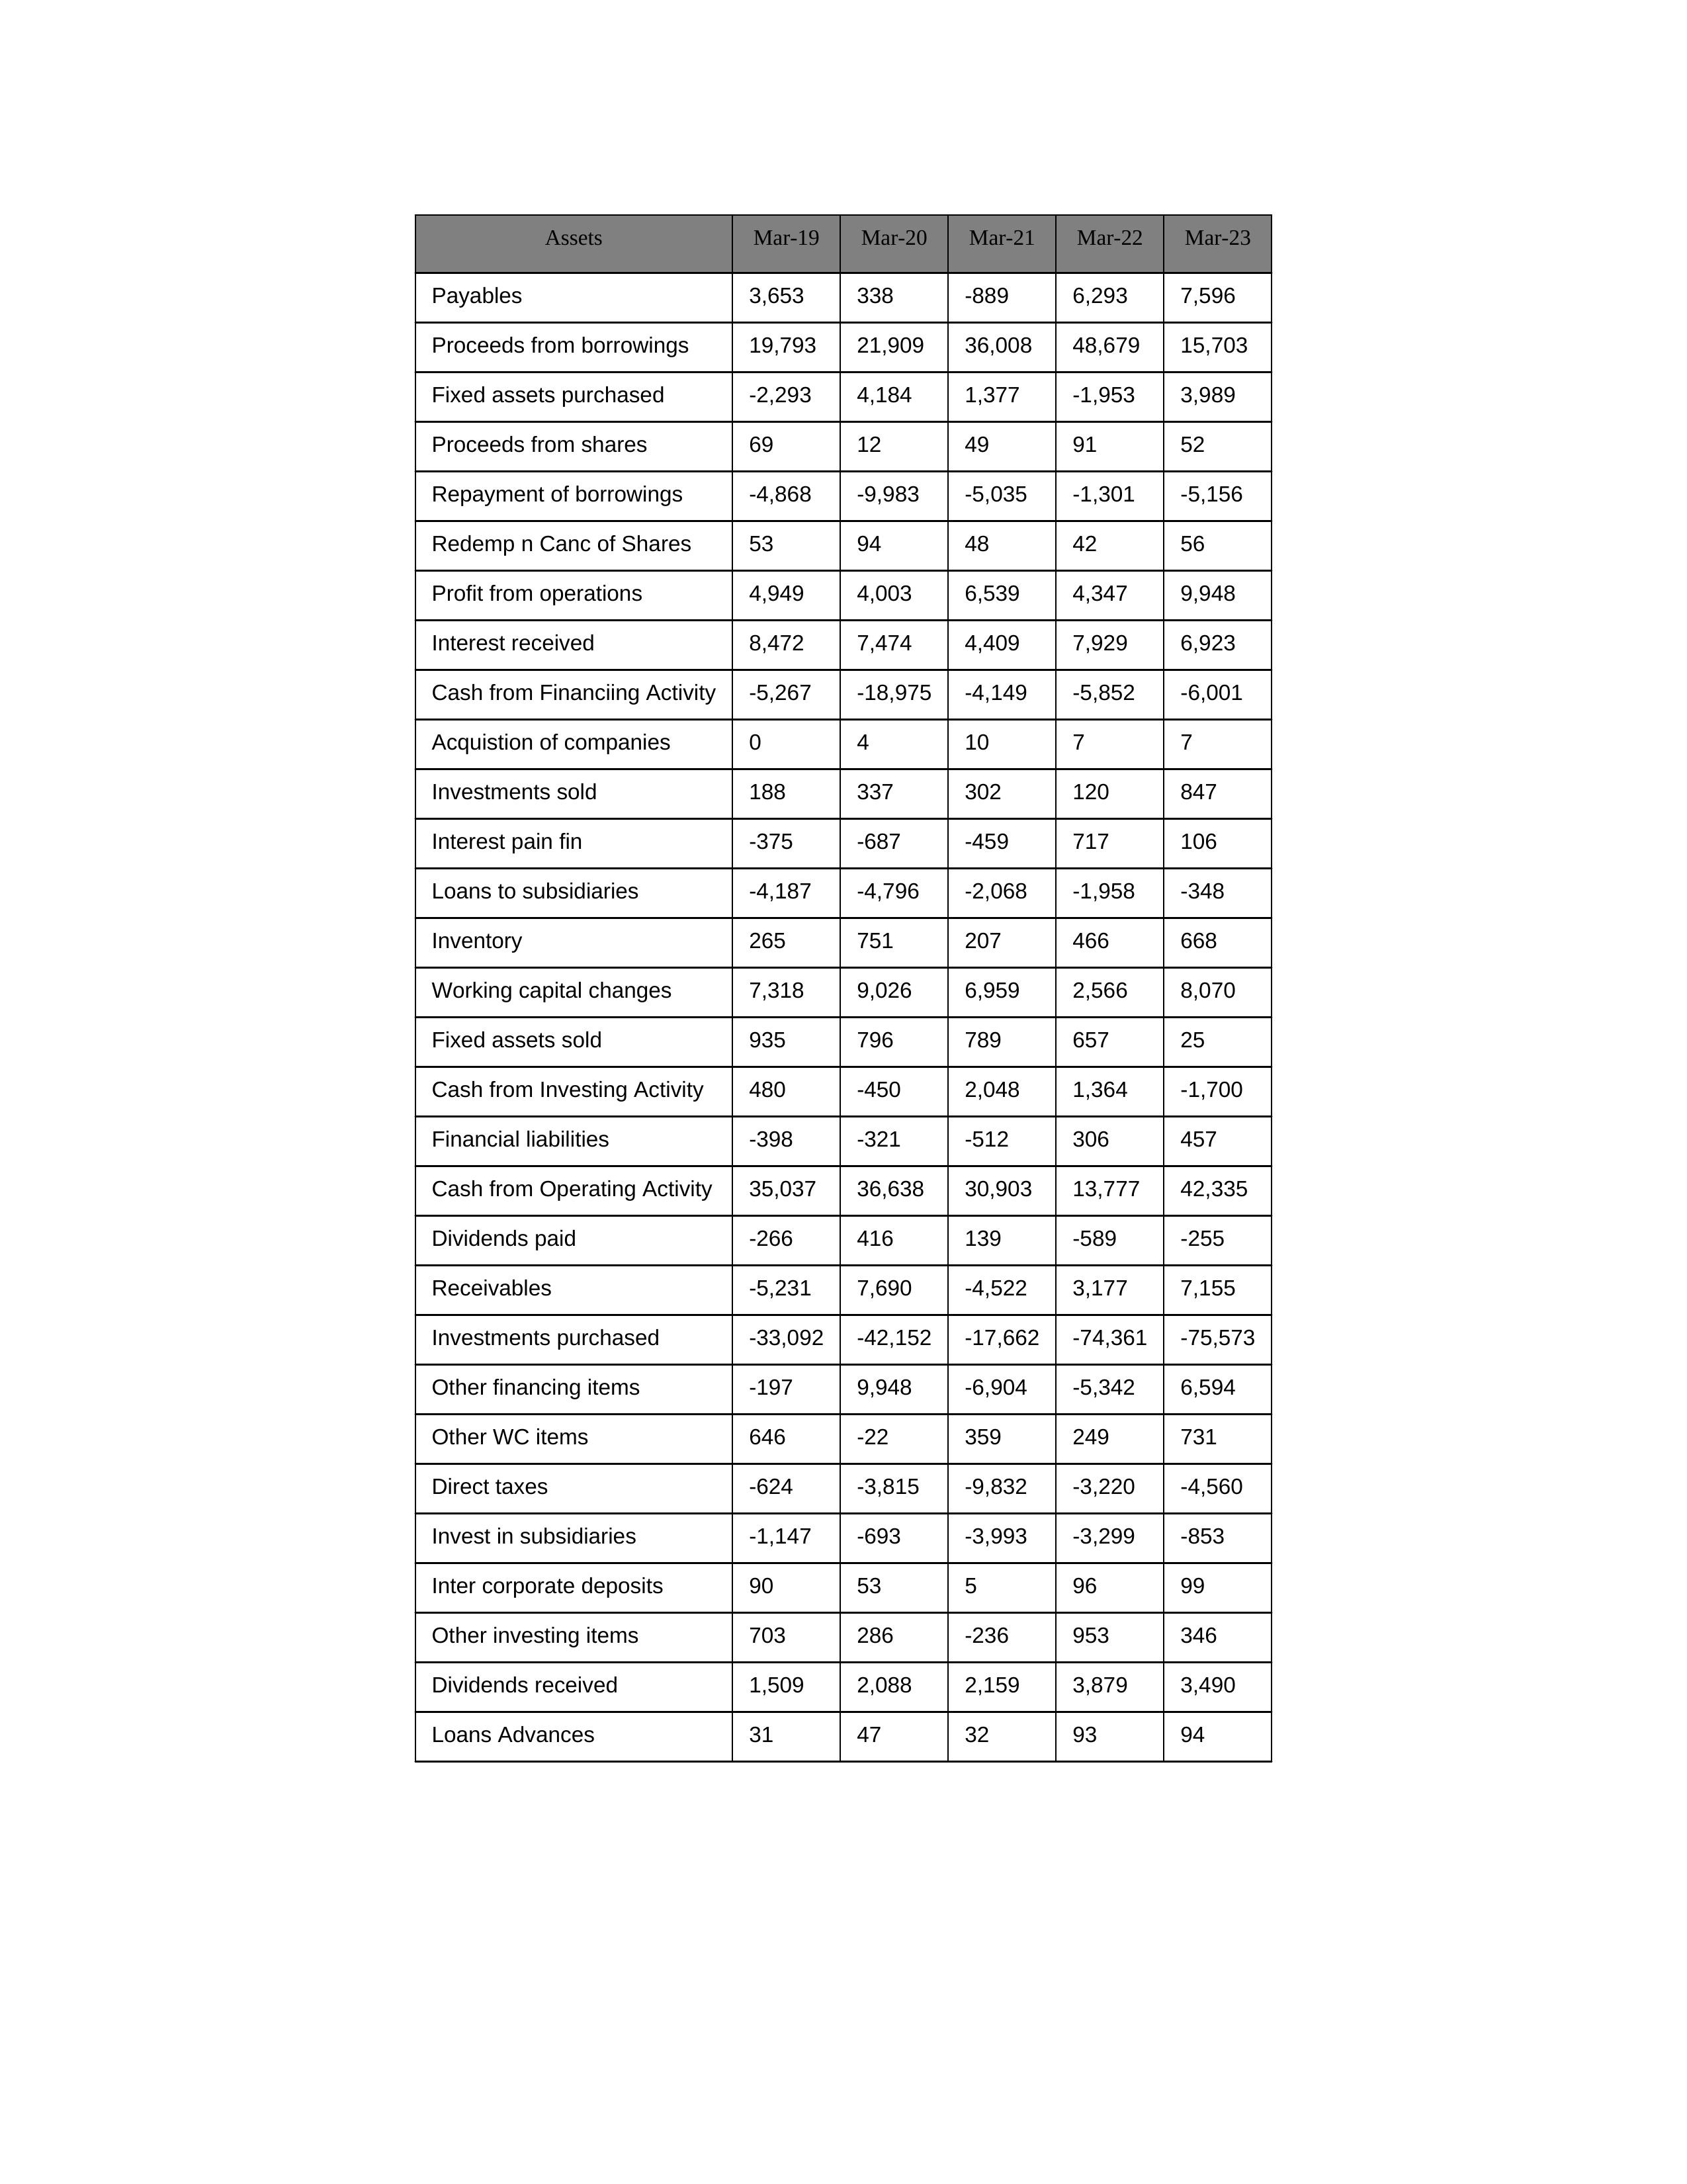
gt_parse: Mar-19: Cash from Operating Activity: 35,037
Profit from operations: 4,949
Receivables: -5,231
Inventory: 265
Payables: 3,653
Loans Advances: 31
Other WC items: 646
Working capital changes: 7,318
Direct taxes: -624
Cash from Investing Activity: 480
Fixed assets purchased: -2,293
Fixed assets sold: 935
Investments purchased: -33,092
Investments sold: 188
Interest received: 8,472
Dividends received: 1,509
Invest in subsidiaries: -1,147
Loans to subsidiaries: -4,187
Redemp n Canc of Shares: 53
Acquistion of companies: 0
Inter corporate deposits: 90
Other investing items: 703
Cash from Financiing Activity: -5,267
Proceeds from shares: 69
Proceeds from borrowings: 19,793
Repayment of borrowings: -4,868
Interest pain fin: -375
Dividends paid: -266
Financial liabilities: -398
Other financing items: -197
Mar-20: Cash from Operating Activity: 36,638
Profit from operations: 4,003
Receivables: 7,690
Inventory: 751
Payables: 338
Loans Advances: 47
Other WC items: -22
Working capital changes: 9,026
Direct taxes: -3,815
Cash from Investing Activity: -450
Fixed assets purchased: 4,184
Fixed assets sold: 796
Investments purchased: -42,152
Investments sold: 337
Interest received: 7,474
Dividends received: 2,088
Invest in subsidiaries: -693
Loans to subsidiaries: -4,796
Redemp n Canc of Shares: 94
Acquistion of companies: 4
Inter corporate deposits: 53
Other investing items: 286
Cash from Financiing Activity: -18,975
Proceeds from shares: 12
Proceeds from borrowings: 21,909
Repayment of borrowings: -9,983
Interest pain fin: -687
Dividends paid: 416
Financial liabilities: -321
Other financing items: 9,948
Mar-21: Cash from Operating Activity: 30,903
Profit from operations: 6,539
Receivables: -4,522
Inventory: 207
Payables: -889
Loans Advances: 32
Other WC items: 359
Working capital changes: 6,959
Direct taxes: -9,832
Cash from Investing Activity: 2,048
Fixed assets purchased: 1,377
Fixed assets sold: 789
Investments purchased: -17,662
Investments sold: 302
Interest received: 4,409
Dividends received: 2,159
Invest in subsidiaries: -3,993
Loans to subsidiaries: -2,068
Redemp n Canc of Shares: 48
Acquistion of companies: 10
Inter corporate deposits: 5
Other investing items: -236
Cash from Financiing Activity: -4,149
Proceeds from shares: 49
Proceeds from borrowings: 36,008
Repayment of borrowings: -5,035
Interest pain fin: -459
Dividends paid: 139
Financial liabilities: -512
Other financing items: -6,904
Mar-22: Cash from Operating Activity: 13,777
Profit from operations: 4,347
Receivables: 3,177
Inventory: 466
Payables: 6,293
Loans Advances: 93
Other WC items: 249
Working capital changes: 2,566
Direct taxes: -3,220
Cash from Investing Activity: 1,364
Fixed assets purchased: -1,953
Fixed assets sold: 657
Investments purchased: -74,361
Investments sold: 120
Interest received: 7,929
Dividends received: 3,879
Invest in subsidiaries: -3,299
Loans to subsidiaries: -1,958
Redemp n Canc of Shares: 42
Acquistion of companies: 7
Inter corporate deposits: 96
Other investing items: 953
Cash from Financiing Activity: -5,852
Proceeds from shares: 91
Proceeds from borrowings: 48,679
Repayment of borrowings: -1,301
Interest pain fin: 717
Dividends paid: -589
Financial liabilities: 306
Other financing items: -5,342
Mar-23: Cash from Operating Activity: 42,335
Profit from operations: 9,948
Receivables: 7,155
Inventory: 668
Payables: 7,596
Loans Advances: 94
Other WC items: 731
Working capital changes: 8,070
Direct taxes: -4,560
Cash from Investing Activity: -1,700
Fixed assets purchased: 3,989
Fixed assets sold: 25
Investments purchased: -75,573
Investments sold: 847
Interest received: 6,923
Dividends received: 3,490
Invest in subsidiaries: -853
Loans to subsidiaries: -348
Redemp n Canc of Shares: 56
Acquistion of companies: 7
Inter corporate deposits: 99
Other investing items: 346
Cash from Financiing Activity: -6,001
Proceeds from shares: 52
Proceeds from borrowings: 15,703
Repayment of borrowings: -5,156
Interest pain fin: 106
Dividends paid: -255
Financial liabilities: 457
Other financing items: 6,594